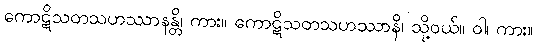
ကောဋိသတသဟဿာနန္တိ၊ ကား။ ကောဋိသတသဟဿာနိ၊ သို့ဝယ်။ ဝါ၊ ကား။